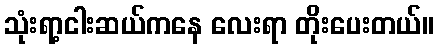
သုံးရာ့ငါးဆယ်ကနေ လေးရာ တိုးပေးတယ်။